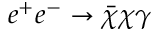
e ^ { + } e ^ { - } \to \bar { \chi } \chi \gamma